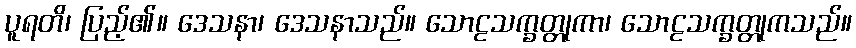
ပူရတိ၊ ပြည့်၏။ ဒေသနာ၊ ဒေသနာသည်။ သောဠသက္ခတ္တုကာ၊ သောဠသက္ခတ္တုကသည်။